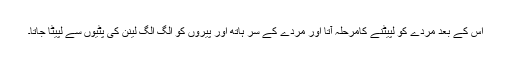
اس کے بعد مردے کو لپیٹنے کامرحلہ آتا اور مردے کے سر ہاتھ اور پیروں کو الگ الگ لینن کی پٹیوں سے لپیٹا جاتا۔